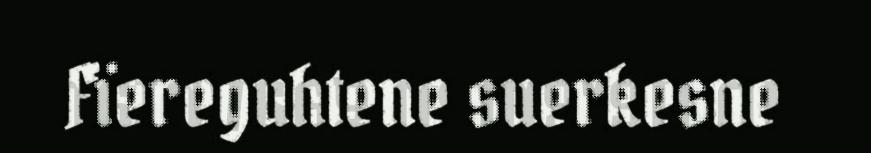
Fïereguhtene suerkesne